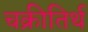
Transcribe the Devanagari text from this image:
चक्रीतिर्थ